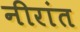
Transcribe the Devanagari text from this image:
नीरांत